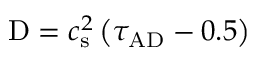
\mathrm { D } = c _ { \mathrm { s } } ^ { 2 } \left( \tau _ { \mathrm { A D } } - 0 . 5 \right)